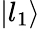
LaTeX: \left\lvert l_{1}\right\rangle